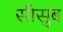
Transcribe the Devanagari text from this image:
सीसुब